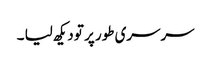
سرسری طور پر تو دیکھ لیا ۔